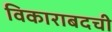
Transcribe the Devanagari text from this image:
विकाराबदची